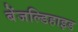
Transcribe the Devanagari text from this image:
बेंजल्डिहाइड